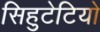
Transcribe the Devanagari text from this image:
सिहुटेटियो